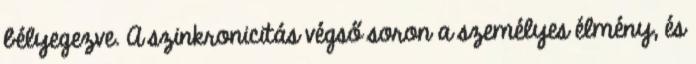
bélyegezve. A szinkronicitás végső soron a személyes élmény, és